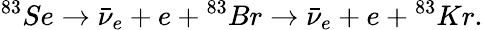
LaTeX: \textrm{}^{83}Se\rightarrow\bar{\nu}_{e}+e+\textrm{}^{83}Br\rightarrow\bar{\nu}_{e}+e+\textrm{}^{83}Kr.